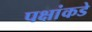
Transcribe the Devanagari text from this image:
पक्षांकडे